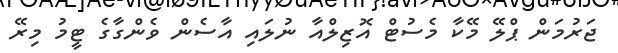
ޖަރުމަން ޕްލޭ މޭކާ މެސުޓް އޮޒިލްއާ ނުލައި އާސެން ވެންގާގެ ޓީމު މިރޭ